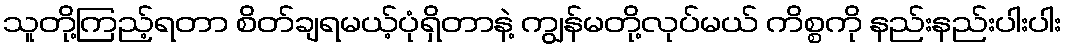
သူတို့ကြည့်ရတာ စိတ်ချရမယ့်ပုံရှိတာနဲ့ ကျွန်မတို့လုပ်မယ် ကိစ္စကို နည်းနည်းပါးပါး